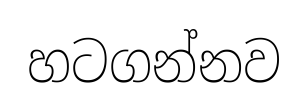
හටගන්නව